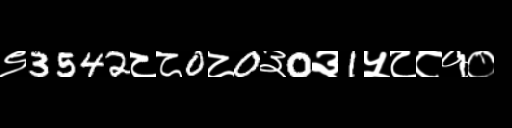
Text: ९3542८८0८0३0३1५८८१०